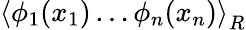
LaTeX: \left\langle\phi_{1}(x_{1})\ldots\phi_{n}(x_{n})\right\rangle_{R}